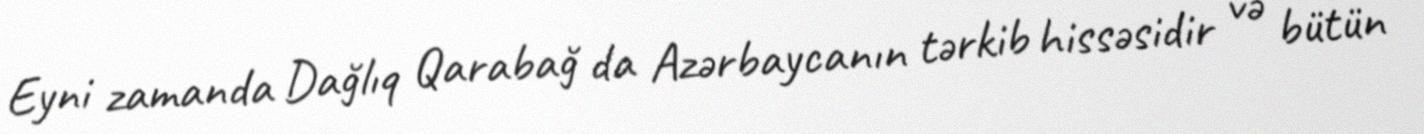
Eyni zamanda Dağlıq Qarabağ da Azərbaycanın tərkib hissəsidir və bütün